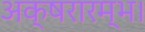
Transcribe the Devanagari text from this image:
अक्षरारम्भ।